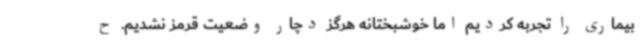
بیماری را تجربه کردیم اما خوشبختانه هرگز دچار وضعیت قرمز نشدیم. ح